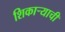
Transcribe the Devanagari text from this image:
शिकाऱ्याची